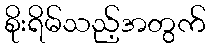
စိုးရိမ်သည့်အတွက်